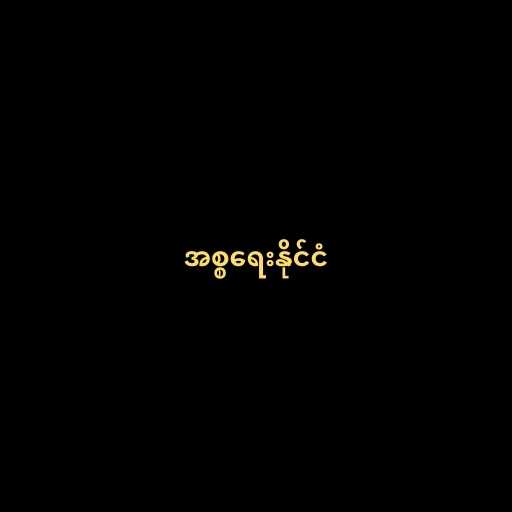
အစ္စရေးနိုင်ငံ